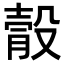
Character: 䐨